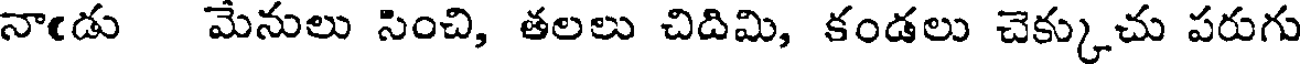
నాఁడు మేనులు సించి, తలలు చిదిమి, కండలు చెక్కుచు పరుగు